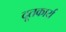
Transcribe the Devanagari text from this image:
दूतकार्य